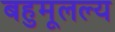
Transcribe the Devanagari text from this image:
बहुमूलल्य